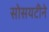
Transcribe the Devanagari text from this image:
सोसयटीने